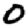
Digit: 0